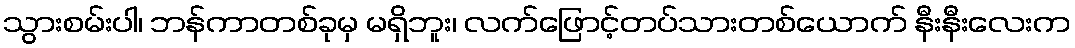
သွားစမ်းပါ၊ ဘန်ကာတစ်ခုမှ မရှိဘူး၊ လက်ဖြောင့်တပ်သားတစ်ယောက် နီးနီးလေးက